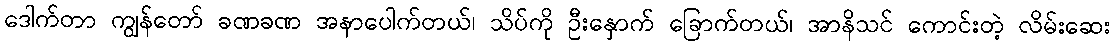
ဒေါက်တာ ကျွန်တော် ခဏခဏ အနာပေါက်တယ်၊ သိပ်ကို ဦးနှောက် ခြောက်တယ်၊ အာနိသင် ကောင်းတဲ့ လိမ်းဆေး